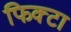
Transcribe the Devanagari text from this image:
फिक्टा